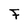
Character: F